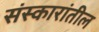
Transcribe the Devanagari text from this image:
संस्कारांतील